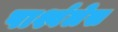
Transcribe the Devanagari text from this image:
पार्श्वलेख